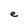
Character: e